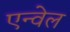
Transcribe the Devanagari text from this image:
एन्वेल